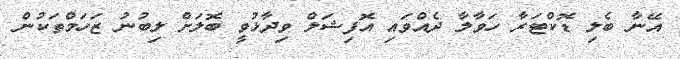
އޭނާ ބެލި ޑޮކްޓަރާ ހަވާލާ ދެއްވައި އޮފިޝަލް ވިދާޅުވީ ބޮލަށް ލިބުނު ޒަހަމްތަކުން